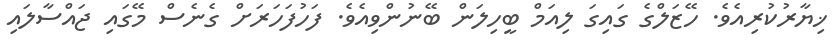
ޚިޔާރުކުރިއެވެ. ހޭޒަލްގެ ގައިގަ ލިއަމް ބީހިލަން ބޭނުންވިއެވެ. ފަހުފަހަރަށް ގެނެސް މޭގައި ޖައްސާލައި